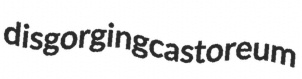
disgorging castoreum